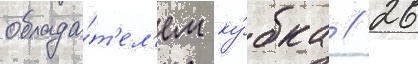
облада́т'ел'ем ку́бка // 26